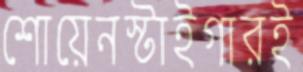
শোয়েনস্টাইগারই